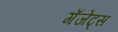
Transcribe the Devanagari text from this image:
गॅजेट्स